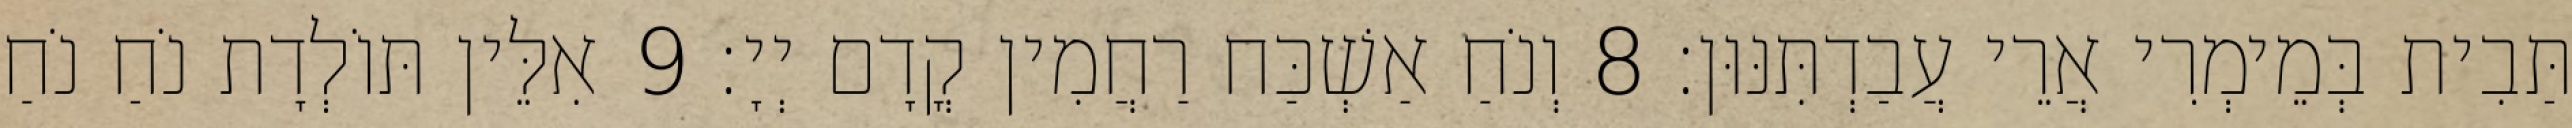
תַּבִית בְּמֵימְרִי אֲרֵי עֲבַדְתִּנּוּן׃ 8 וְנֹחַ אַשְׁכַּח רַחֲמִין קֳדָם יְיָ׃ 9 אִלֵּין תּוֹלְדָת נֹחַ נֹחַ